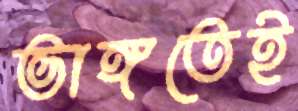
ভাঙ্গতেই